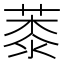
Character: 𦸓